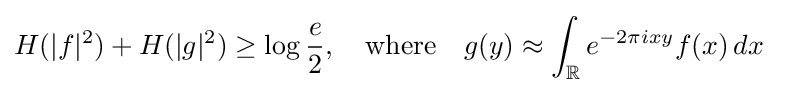
H(|f|^{2})+H(|g|^{2})\geq \log {\frac {e}{2}},\quad {\textrm {where}}\quad g(y)\approx \int _{\mathbb {R} }e^{-2\pi ixy}f(x)\,dx~